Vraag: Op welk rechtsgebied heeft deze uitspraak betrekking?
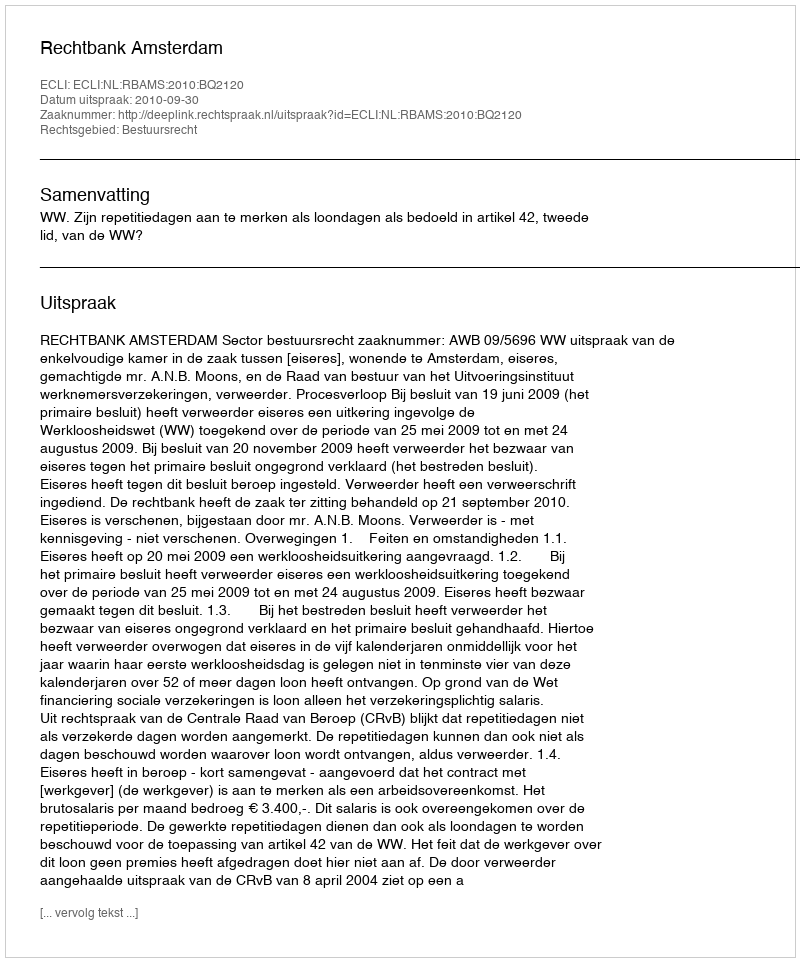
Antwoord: Bestuursrecht